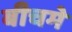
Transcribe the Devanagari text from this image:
बीचमे